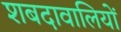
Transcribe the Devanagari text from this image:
शबदावालियों